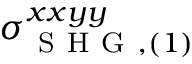
\sigma _ { \mathrm { ~ S ~ H ~ G ~ } , ( 1 ) } ^ { x x y y }